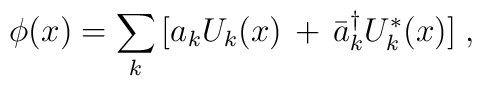
\phi(x)=\sum_{k} \, [a_{k}U_k(x)\,+\,\bar{a}_k^{\dagger}U_k^{*}(x)] \;,